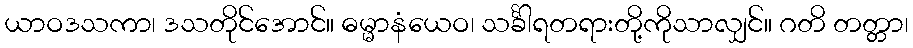
ယာဝဒသကာ၊ ဒသတိုင်အောင်။ ဓမ္မာနံယေဝ၊ သင်္ခါရတရားတို့ကိုသာလျှင်။ ဂတိ တတ္တာ၊